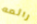
رائعه